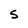
Character: S